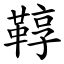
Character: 鞟